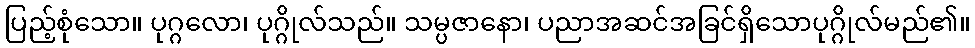
ပြည့်စုံသော။ ပုဂ္ဂလော၊ ပုဂ္ဂိုလ်သည်။ သမ္ပဇာနော၊ ပညာအဆင်အခြင်ရှိသောပုဂ္ဂိုလ်မည်၏။